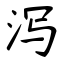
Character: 泻